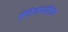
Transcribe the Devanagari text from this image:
ऐंटिवायोटिक